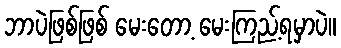
ဘာပဲဖြစ်ဖြစ် မေးတော့ မေးကြည့်ရမှာပဲ။